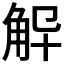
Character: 𮗨